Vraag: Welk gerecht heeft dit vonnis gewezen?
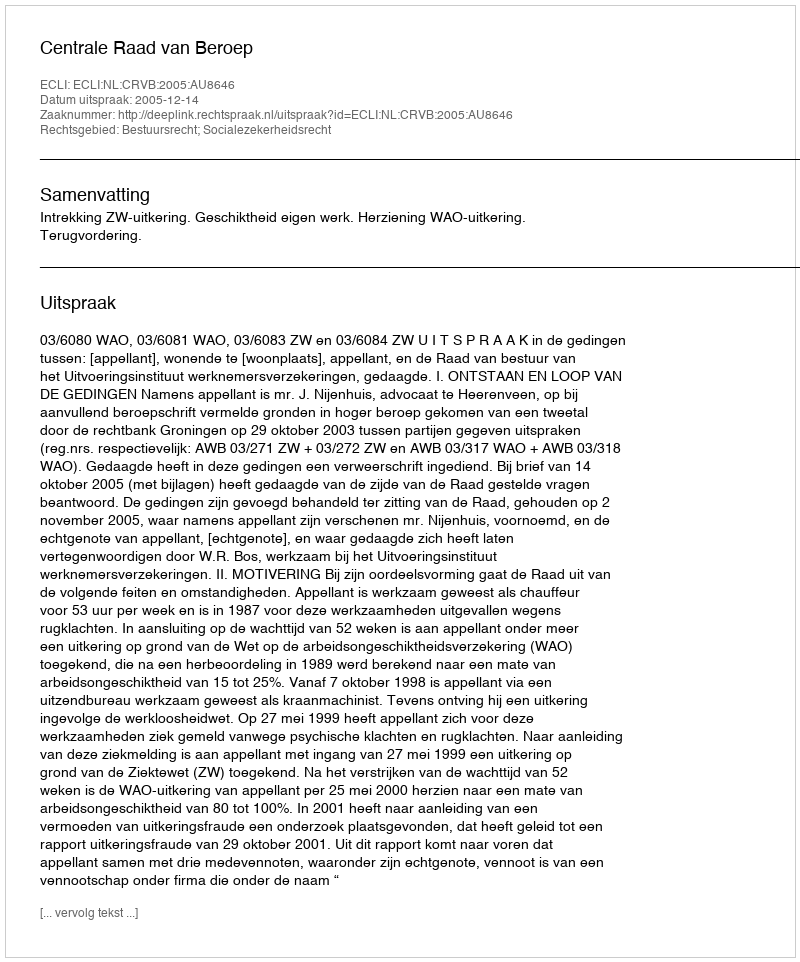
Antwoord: Centrale Raad van Beroep